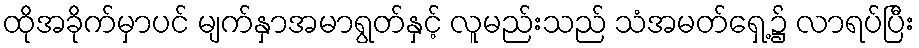
ထိုအခိုက်မှာပင် မျက်နှာအမာရွတ်နှင့် လူမည်းသည် သံအမတ်ရှေ့၌ လာရပ်ပြီး